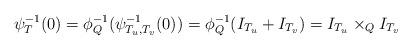
LaTeX: \begin{align*}\psi_T^{-1}(0) = \phi_Q^{-1}(\psi_{T_u, T_v}^{-1}(0)) = \phi_Q^{-1}(I_{T_u} + I_{T_v}) = I_{T_u} \times_Q I_{T_v} \end{align*}